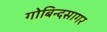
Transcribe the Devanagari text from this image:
गोबिन्‍दसागर